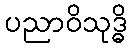
ပညာဝိသုဒ္ဓိ